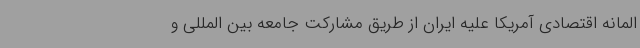
المانه اقتصادی آمریکا علیه ایران از طریق مشارکت جامعه بین المللی و